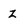
Character: z